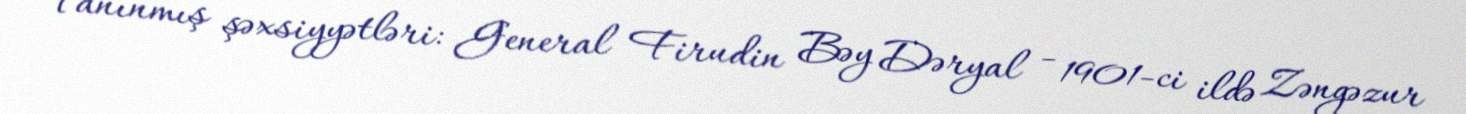
Tanınmış şəxsiyyətləri: General Firudin Bəy Dəryal - 1901-ci ildə Zəngəzur